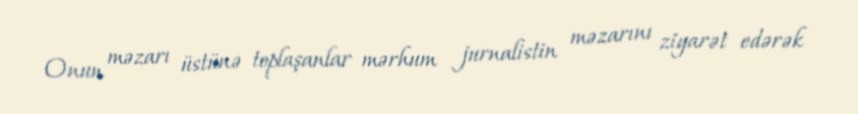
Onun məzarı üstünə toplaşanlar mərhum jurnalistin məzarını ziyarət edərək